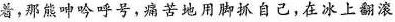
着，那熊呻吟呼号，痛苦地用脚抓自己，在冰上翻滚